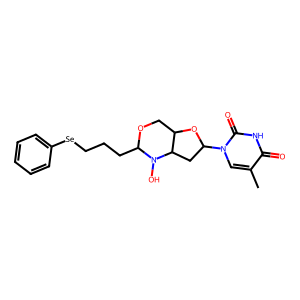
SMILES: Cc1cn(C2CC3C(COC(CCC[Se]c4ccccc4)N3O)O2)c(=O)[nH]c1=O
Inhibits HIV replication: Yes